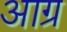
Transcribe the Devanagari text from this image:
आग्र